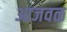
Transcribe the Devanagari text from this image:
आजवळ